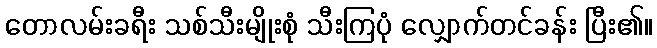
တောလမ်းခရီး သစ်သီးမျိုးစုံ သီးကြပုံ လျှောက်တင်ခန်း ပြီး၏။